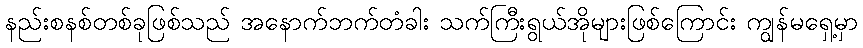
နည်းစနစ်တစ်ခုဖြစ်သည် အနောက်ဘက်တံခါး သက်ကြီးရွယ်အိုများဖြစ်ကြောင်း ကျွန်မရှေ့မှာ